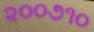
૨૦૦૭૧૦